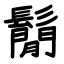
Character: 鬜